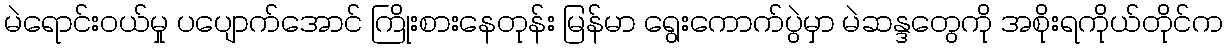
မဲရောင်းဝယ်မှု ပပျောက်အောင် ကြိုးစားနေတုန်း မြန်မာ ရွေးကောက်ပွဲမှာ မဲဆန္ဒတွေကို အစိုးရကိုယ်တိုင်က